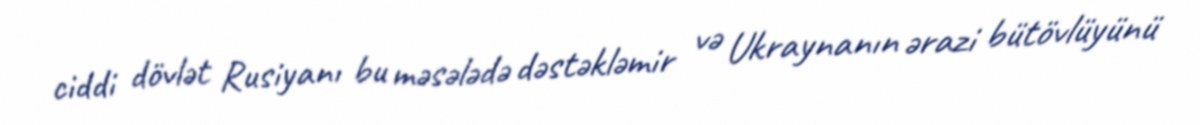
ciddi dövlət Rusiyanı bu məsələdə dəstəkləmir və Ukraynanın ərazi bütövlüyünü